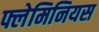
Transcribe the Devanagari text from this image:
फ्लेमिनियस